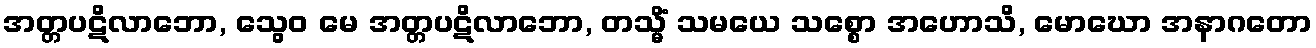
အတ္တပဋိလာဘော, သွေဝ မေ အတ္တပဋိလာဘော, တသ္မိံ သမယေ သစ္စော အဟောသိ, မောဃော အနာဂတော